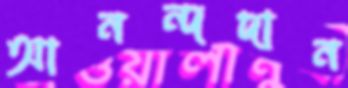
আনন্দদান